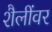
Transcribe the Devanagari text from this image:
शैलींवर